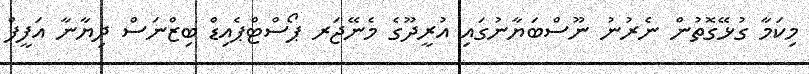
މިކަމާ ގުޅޭގޮތުން ނެރުނު ނޫސްބަޔާނުގައި އުރީދޫގެ މެނޭޖަރ ޕޯސްޓްޕެއިޑް ބިޒްނަސް ދިޔާނާ އަފީފް